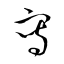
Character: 冩